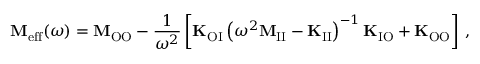
\mathbf { M } _ { \mathrm { e f f } } ( \omega ) = \mathbf { M } _ { \mathrm { O O } } - \frac { 1 } { \omega ^ { 2 } } \left[ \mathbf { K } _ { \mathrm { O I } } \left( \omega ^ { 2 } \mathbf { M } _ { \mathrm { I I } } - \mathbf { K } _ { \mathrm { I I } } \right) ^ { - 1 } \mathbf { K } _ { \mathrm { I O } } + \mathbf { K } _ { \mathrm { O O } } \right] \, ,